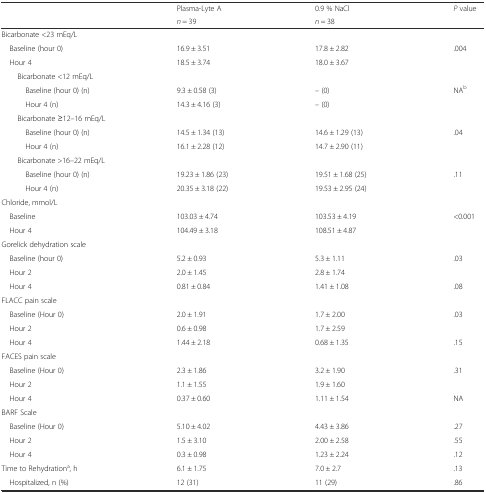
<table><thead><tr><td rowspan="2"></td><td><b>Plasma-Lyte A</b></td><td><b>0.9 % NaCl</b></td><td rowspan="2"><b><i>P</i> value</b></td></tr><tr><td><b><i>n</i> = 39</b></td><td><b><i>n</i> = 38</b></td></tr></thead><tbody><tr><td colspan="4">Bicarbonate &lt;23 mEq/L</td></tr><tr><td> Baseline (hour 0)</td><td>16.9 ± 3.51</td><td>17.8 ± 2.82</td><td rowspan="2">.004</td></tr><tr><td> Hour 4</td><td>18.5 ± 3.74</td><td>18.0 ± 3.67</td></tr><tr><td colspan="4">Bicarbonate &lt;12 mEq/L</td></tr><tr><td>Baseline (hour 0) (n)</td><td>9.3 ± 0.58 (3)</td><td>– (0)</td><td rowspan="2">NA<sup>b</sup></td></tr><tr><td>Hour 4 (n)</td><td>14.3 ± 4.16 (3)</td><td>– (0)</td></tr><tr><td colspan="4">Bicarbonate ≥12–16 mEq/L</td></tr><tr><td>Baseline (hour 0) (n)</td><td>14.5 ± 1.34 (13)</td><td>14.6 ± 1.29 (13)</td><td rowspan="2">.04</td></tr><tr><td>Hour 4 (n)</td><td>16.1 ± 2.28 (12)</td><td>14.7 ± 2.90 (11)</td></tr><tr><td colspan="4">Bicarbonate &gt;16–22 mEq/L</td></tr><tr><td>Baseline (hour 0) (n)</td><td>19.23 ± 1.86 (23)</td><td>19.51 ± 1.68 (25)</td><td rowspan="2">.11</td></tr><tr><td>Hour 4 (n)</td><td>20.35 ± 3.18 (22)</td><td>19.53 ± 2.95 (24)</td></tr><tr><td>Chloride, mmol/L</td><td></td><td></td><td></td></tr><tr><td> Baseline</td><td>103.03 ± 4.74</td><td>103.53 ± 4.19</td><td rowspan="2">&lt;0.001</td></tr><tr><td> Hour 4</td><td>104.49 ± 3.18</td><td>108.51 ± 4.87</td></tr><tr><td colspan="4">Gorelick dehydration scale</td></tr><tr><td> Baseline (hour 0)</td><td>5.2 ± 0.93</td><td>5.3 ± 1.11</td><td rowspan="2">.03</td></tr><tr><td> Hour 2</td><td>2.0 ± 1.45</td><td>2.8 ± 1.74</td></tr><tr><td> Hour 4</td><td>0.81 ± 0.84</td><td>1.41 ± 1.08</td><td>.08</td></tr><tr><td colspan="4">FLACC pain scale</td></tr><tr><td> Baseline (Hour 0)</td><td>2.0 ± 1.91</td><td>1.7 ± 2.00</td><td rowspan="2">.03</td></tr><tr><td> Hour 2</td><td>0.6 ± 0.98</td><td>1.7 ± 2.59</td></tr><tr><td> Hour 4</td><td>1.44 ± 2.18</td><td>0.68 ± 1.35</td><td>.15</td></tr><tr><td colspan="4">FACES pain scale</td></tr><tr><td> Baseline (Hour 0)</td><td>2.3 ± 1.86</td><td>3.2 ± 1.90</td><td rowspan="2">.31</td></tr><tr><td> Hour 2</td><td>1.1 ± 1.55</td><td>1.9 ± 1.60</td></tr><tr><td> Hour 4</td><td>0.37 ± 0.60</td><td>1.11 ± 1.54</td><td>NA</td></tr><tr><td>BARF Scale</td><td colspan="2"></td><td></td></tr><tr><td> Baseline (Hour 0)</td><td>5.10 ± 4.02</td><td>4.43 ± 3.86</td><td>.27</td></tr><tr><td> Hour 2</td><td>1.5 ± 3.10</td><td>2.00 ± 2.58</td><td>.55</td></tr><tr><td> Hour 4</td><td>0.3 ± 0.98</td><td>1.23 ± 2.24</td><td>.12</td></tr><tr><td>Time to Rehydration<sup>a</sup>, h</td><td>6.1 ± 1.75</td><td>7.0 ± 2.7</td><td>.13</td></tr><tr><td> Hospitalized, n (%)</td><td>12 (31)</td><td>11 (29)</td><td>.86</td></tr></tbody></table>